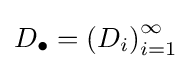
D_{\bullet }=\left(D_{i}\right)_{i=1}^{\infty }